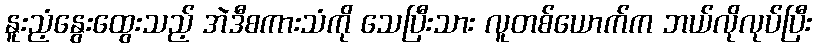
နူးညံ့နွေးထွေးသည့် အဲဒီစကားသံကို သေပြီးသား လူတစ်ယောက်က ဘယ်လိုလုပ်ပြီး